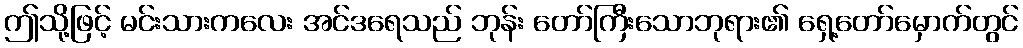
ဤသို့ဖြင့် မင်းသားကလေး အင်ဒရေသည် ဘုန်း တော်ကြီးသောဘုရား၏ ရှေ့တော်မှောက်တွင်